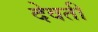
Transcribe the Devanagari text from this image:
देवती